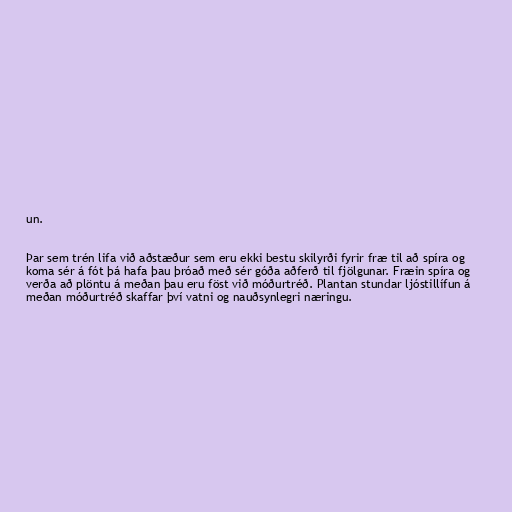
un.

Þar sem trén lifa við aðstæður sem eru ekki bestu skilyrði fyrir fræ til að spíra og
koma sér á fót þá hafa þau þróað með sér góða aðferð til fjölgunar. Fræin spíra og
verða að plöntu á meðan þau eru föst við móðurtréð. Plantan stundar ljóstillífun á
meðan móðurtréð skaffar því vatni og nauðsynlegri næringu.